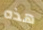
هذه